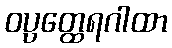
ဝပ္ပတ္ထေရဂါထာ